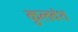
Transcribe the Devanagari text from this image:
कुलवंश